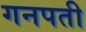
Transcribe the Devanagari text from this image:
गनपती